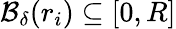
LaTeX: \mathcal{B}_{\delta}(r_{i})\subseteq[0,R]